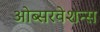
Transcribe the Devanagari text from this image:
ओब्सरवेशन्स